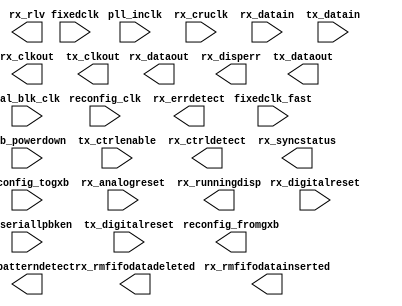
// megafunction wizard: %ALTGX%VBB%
// GENERATION: STANDARD
// VERSION: WM1.0
// MODULE: alt4gxb 

// ============================================================
// Megafunction Name(s):
// 			alt4gxb
//
// Simulation Library Files(s):
// 			stratixiv_hssi
// ============================================================
// ************************************************************
// THIS IS A WIZARD-GENERATED FILE. DO NOT EDIT THIS FILE!
//
// 12.0 Build 178 05/31/2012 SJ Full Version
// ************************************************************

//Copyright (C) 1991-2012 Altera Corporation
//Your use of Altera Corporation's design tools, logic functions 
//and other software and tools, and its AMPP partner logic 
//functions, and any output files from any of the foregoing 
//(including device programming or simulation files), and any 
//associated documentation or information are expressly subject 
//to the terms and conditions of the Altera Program License 
//Subscription Agreement, Altera MegaCore Function License 
//Agreement, or other applicable license agreement, including, 
//without limitation, that your use is for the sole purpose of 
//programming logic devices manufactured by Altera and sold by 
//Altera or its authorized distributors.  Please refer to the 
//applicable agreement for further details.

module altera_tse_alt4gxb_gige (
	cal_blk_clk,
	fixedclk,
	fixedclk_fast,
	gxb_powerdown,
	pll_inclk,
	reconfig_clk,
	reconfig_togxb,
	rx_analogreset,
	rx_cruclk,
	rx_datain,
	rx_digitalreset,
	rx_seriallpbken,
	tx_ctrlenable,
	tx_datain,
	tx_digitalreset,
	reconfig_fromgxb,
	rx_clkout,
	rx_ctrldetect,
	rx_dataout,
	rx_disperr,
	rx_errdetect,
	rx_patterndetect,
	rx_rlv,
	rx_rmfifodatadeleted,
	rx_rmfifodatainserted,
	rx_runningdisp,
	rx_syncstatus,
	tx_clkout,
	tx_dataout)/* synthesis synthesis_clearbox = 1 */;

	input	  cal_blk_clk;
	input	  fixedclk;
	input	[5:0]  fixedclk_fast;
	input	[0:0]  gxb_powerdown;
	input	  pll_inclk;
	input	  reconfig_clk;
	input	[3:0]  reconfig_togxb;
	input	[0:0]  rx_analogreset;
	input	[0:0]  rx_cruclk;
	input	[0:0]  rx_datain;
	input	[0:0]  rx_digitalreset;
	input	[0:0]  rx_seriallpbken;
	input	[0:0]  tx_ctrlenable;
	input	[7:0]  tx_datain;
	input	[0:0]  tx_digitalreset;
	output	[16:0]  reconfig_fromgxb;
	output	  rx_clkout;
	output	[0:0]  rx_ctrldetect;
	output	[7:0]  rx_dataout;
	output	[0:0]  rx_disperr;
	output	[0:0]  rx_errdetect;
	output	[0:0]  rx_patterndetect;
	output	[0:0]  rx_rlv;
	output	[0:0]  rx_rmfifodatadeleted;
	output	[0:0]  rx_rmfifodatainserted;
	output	[0:0]  rx_runningdisp;
	output	[0:0]  rx_syncstatus;
	output	[0:0]  tx_clkout;
	output	[0:0]  tx_dataout;
`ifndef ALTERA_RESERVED_QIS
// synopsys translate_off
`endif
	tri0	[0:0]  rx_cruclk;
`ifndef ALTERA_RESERVED_QIS
// synopsys translate_on
`endif

	parameter		starting_channel_number = 0;


endmodule

// ============================================================
// CNX file retrieval info
// ============================================================
// Retrieval info: PRIVATE: INTENDED_DEVICE_FAMILY STRING "Stratix IV"
// Retrieval info: PRIVATE: IP_MODE STRING "TSE"
// Retrieval info: PRIVATE: LOCKDOWN_EXCL STRING "TSE"
// Retrieval info: PRIVATE: NUM_KEYS NUMERIC "0"
// Retrieval info: PRIVATE: RECONFIG_PROTOCOL STRING "BASIC"
// Retrieval info: PRIVATE: RECONFIG_SUBPROTOCOL STRING "none"
// Retrieval info: PRIVATE: RX_ENABLE_DC_COUPLING STRING "false"
// Retrieval info: PRIVATE: SYNTH_WRAPPER_GEN_POSTFIX STRING "0"
// Retrieval info: PRIVATE: WIZ_BASE_DATA_RATE STRING "1250.0"
// Retrieval info: PRIVATE: WIZ_BASE_DATA_RATE_ENABLE STRING "0"
// Retrieval info: PRIVATE: WIZ_DATA_RATE STRING "1250.0"
// Retrieval info: PRIVATE: WIZ_DPRIO_INCLK_FREQ_ARRAY STRING "100 100 100 100 100 100 100 100 100 100 100 100 100 100 100 100 100 100 100 100"
// Retrieval info: PRIVATE: WIZ_DPRIO_INPUT_A STRING "2000"
// Retrieval info: PRIVATE: WIZ_DPRIO_INPUT_A_UNIT STRING "Mbps"
// Retrieval info: PRIVATE: WIZ_DPRIO_INPUT_B STRING "100"
// Retrieval info: PRIVATE: WIZ_DPRIO_INPUT_B_UNIT STRING "MHz"
// Retrieval info: PRIVATE: WIZ_DPRIO_INPUT_SELECTION NUMERIC "0"
// Retrieval info: PRIVATE: WIZ_DPRIO_REF_CLK0_FREQ STRING "125"
// Retrieval info: PRIVATE: WIZ_DPRIO_REF_CLK0_PROTOCOL STRING "GIGE"
// Retrieval info: PRIVATE: WIZ_DPRIO_REF_CLK1_FREQ STRING "250"
// Retrieval info: PRIVATE: WIZ_DPRIO_REF_CLK1_PROTOCOL STRING "Basic"
// Retrieval info: PRIVATE: WIZ_DPRIO_REF_CLK2_FREQ STRING "250"
// Retrieval info: PRIVATE: WIZ_DPRIO_REF_CLK2_PROTOCOL STRING "Basic"
// Retrieval info: PRIVATE: WIZ_DPRIO_REF_CLK3_FREQ STRING "250"
// Retrieval info: PRIVATE: WIZ_DPRIO_REF_CLK3_PROTOCOL STRING "Basic"
// Retrieval info: PRIVATE: WIZ_DPRIO_REF_CLK4_FREQ STRING "250"
// Retrieval info: PRIVATE: WIZ_DPRIO_REF_CLK4_PROTOCOL STRING "Basic"
// Retrieval info: PRIVATE: WIZ_DPRIO_REF_CLK5_FREQ STRING "250"
// Retrieval info: PRIVATE: WIZ_DPRIO_REF_CLK5_PROTOCOL STRING "Basic"
// Retrieval info: PRIVATE: WIZ_DPRIO_REF_CLK6_FREQ STRING "250"
// Retrieval info: PRIVATE: WIZ_DPRIO_REF_CLK6_PROTOCOL STRING "Basic"
// Retrieval info: PRIVATE: WIZ_ENABLE_EQUALIZER_CTRL NUMERIC "0"
// Retrieval info: PRIVATE: WIZ_EQUALIZER_CTRL_SETTING NUMERIC "0"
// Retrieval info: PRIVATE: WIZ_FORCE_DEFAULT_SETTINGS NUMERIC "0"
// Retrieval info: PRIVATE: WIZ_INCLK_FREQ STRING "125.0"
// Retrieval info: PRIVATE: WIZ_INCLK_FREQ_ARRAY STRING "62.5 125.0"
// Retrieval info: PRIVATE: WIZ_INPUT_A STRING "1250.0"
// Retrieval info: PRIVATE: WIZ_INPUT_A_UNIT STRING "Mbps"
// Retrieval info: PRIVATE: WIZ_INPUT_B STRING "125.0"
// Retrieval info: PRIVATE: WIZ_INPUT_B_UNIT STRING "MHz"
// Retrieval info: PRIVATE: WIZ_INPUT_SELECTION NUMERIC "0"
// Retrieval info: PRIVATE: WIZ_PROTOCOL STRING "GIGE"
// Retrieval info: PRIVATE: WIZ_SUBPROTOCOL STRING "None"
// Retrieval info: PRIVATE: WIZ_WORD_ALIGN_FLIP_PATTERN STRING "0"
// Retrieval info: PARAMETER: STARTING_CHANNEL_NUMBER NUMERIC "0"
// Retrieval info: CONSTANT: EFFECTIVE_DATA_RATE STRING "1250.0 Mbps"
// Retrieval info: CONSTANT: ENABLE_LC_TX_PLL STRING "false"
// Retrieval info: CONSTANT: EQUALIZER_CTRL_A_SETTING NUMERIC "0"
// Retrieval info: CONSTANT: EQUALIZER_CTRL_B_SETTING NUMERIC "0"
// Retrieval info: CONSTANT: EQUALIZER_CTRL_C_SETTING NUMERIC "0"
// Retrieval info: CONSTANT: EQUALIZER_CTRL_D_SETTING NUMERIC "0"
// Retrieval info: CONSTANT: EQUALIZER_CTRL_V_SETTING NUMERIC "0"
// Retrieval info: CONSTANT: EQUALIZER_DCGAIN_SETTING NUMERIC "0"
// Retrieval info: CONSTANT: GEN_RECONFIG_PLL STRING "false"
// Retrieval info: CONSTANT: GXB_ANALOG_POWER STRING "AUTO"
// Retrieval info: CONSTANT: GX_CHANNEL_TYPE STRING "AUTO"
// Retrieval info: CONSTANT: INPUT_CLOCK_FREQUENCY STRING "125.0 MHz"
// Retrieval info: CONSTANT: INTENDED_DEVICE_FAMILY STRING "Stratix IV"
// Retrieval info: CONSTANT: INTENDED_DEVICE_SPEED_GRADE STRING "2"
// Retrieval info: CONSTANT: INTENDED_DEVICE_VARIANT STRING "GX"
// Retrieval info: CONSTANT: LOOPBACK_MODE STRING "slb"
// Retrieval info: CONSTANT: LPM_TYPE STRING "alt4gxb"
// Retrieval info: CONSTANT: NUMBER_OF_CHANNELS NUMERIC "1"
// Retrieval info: CONSTANT: OPERATION_MODE STRING "duplex"
// Retrieval info: CONSTANT: PLL_CONTROL_WIDTH NUMERIC "1"
// Retrieval info: CONSTANT: PLL_PFD_FB_MODE STRING "internal"
// Retrieval info: CONSTANT: PREEMPHASIS_CTRL_1STPOSTTAP_SETTING NUMERIC "0"
// Retrieval info: CONSTANT: PREEMPHASIS_CTRL_2NDPOSTTAP_INV_SETTING STRING "false"
// Retrieval info: CONSTANT: PREEMPHASIS_CTRL_2NDPOSTTAP_SETTING NUMERIC "0"
// Retrieval info: CONSTANT: PREEMPHASIS_CTRL_PRETAP_INV_SETTING STRING "false"
// Retrieval info: CONSTANT: PREEMPHASIS_CTRL_PRETAP_SETTING NUMERIC "0"
// Retrieval info: CONSTANT: PROTOCOL STRING "gige"
// Retrieval info: CONSTANT: RECEIVER_TERMINATION STRING "oct_100_ohms"
// Retrieval info: CONSTANT: RECONFIG_DPRIO_MODE NUMERIC "1"
// Retrieval info: CONSTANT: RX_8B_10B_MODE STRING "normal"
// Retrieval info: CONSTANT: RX_ALIGN_PATTERN STRING "0101111100"
// Retrieval info: CONSTANT: RX_ALIGN_PATTERN_LENGTH NUMERIC "10"
// Retrieval info: CONSTANT: RX_ALLOW_ALIGN_POLARITY_INVERSION STRING "false"
// Retrieval info: CONSTANT: RX_ALLOW_PIPE_POLARITY_INVERSION STRING "false"
// Retrieval info: CONSTANT: RX_BITSLIP_ENABLE STRING "false"
// Retrieval info: CONSTANT: RX_BYTE_ORDERING_MODE STRING "NONE"
// Retrieval info: CONSTANT: RX_CHANNEL_WIDTH NUMERIC "8"
// Retrieval info: CONSTANT: RX_COMMON_MODE STRING "0.82v"
// Retrieval info: CONSTANT: RX_CRU_BANDWIDTH_TYPE STRING "Medium"
// Retrieval info: CONSTANT: RX_CRU_INCLOCK0_PERIOD NUMERIC "8000"
// Retrieval info: CONSTANT: RX_DATAPATH_PROTOCOL STRING "basic"
// Retrieval info: CONSTANT: RX_DATA_RATE NUMERIC "1250"
// Retrieval info: CONSTANT: RX_DATA_RATE_REMAINDER NUMERIC "0"
// Retrieval info: CONSTANT: RX_DIGITALRESET_PORT_WIDTH NUMERIC "1"
// Retrieval info: CONSTANT: RX_ENABLE_BIT_REVERSAL STRING "false"
// Retrieval info: CONSTANT: RX_ENABLE_LOCK_TO_DATA_SIG STRING "false"
// Retrieval info: CONSTANT: RX_ENABLE_LOCK_TO_REFCLK_SIG STRING "false"
// Retrieval info: CONSTANT: RX_ENABLE_SELF_TEST_MODE STRING "false"
// Retrieval info: CONSTANT: RX_FORCE_SIGNAL_DETECT STRING "true"
// Retrieval info: CONSTANT: RX_PPMSELECT NUMERIC "32"
// Retrieval info: CONSTANT: RX_RATE_MATCH_FIFO_MODE STRING "normal"
// Retrieval info: CONSTANT: RX_RATE_MATCH_FIFO_MODE_MANUAL_CONTROL STRING "normal"
// Retrieval info: CONSTANT: RX_RATE_MATCH_PATTERN1 STRING "10100010010101111100"
// Retrieval info: CONSTANT: RX_RATE_MATCH_PATTERN2 STRING "10101011011010000011"
// Retrieval info: CONSTANT: RX_RATE_MATCH_PATTERN_SIZE NUMERIC "20"
// Retrieval info: CONSTANT: RX_RUN_LENGTH NUMERIC "5"
// Retrieval info: CONSTANT: RX_RUN_LENGTH_ENABLE STRING "true"
// Retrieval info: CONSTANT: RX_SIGNAL_DETECT_THRESHOLD NUMERIC "2"
// Retrieval info: CONSTANT: RX_USE_ALIGN_STATE_MACHINE STRING "true"
// Retrieval info: CONSTANT: RX_USE_CLKOUT STRING "true"
// Retrieval info: CONSTANT: RX_USE_CORECLK STRING "false"
// Retrieval info: CONSTANT: RX_USE_CRUCLK STRING "true"
// Retrieval info: CONSTANT: RX_USE_DESERIALIZER_DOUBLE_DATA_MODE STRING "false"
// Retrieval info: CONSTANT: RX_USE_DESKEW_FIFO STRING "false"
// Retrieval info: CONSTANT: RX_USE_DOUBLE_DATA_MODE STRING "false"
// Retrieval info: CONSTANT: RX_USE_RATE_MATCH_PATTERN1_ONLY STRING "false"
// Retrieval info: CONSTANT: TRANSMITTER_TERMINATION STRING "oct_100_ohms"
// Retrieval info: CONSTANT: TX_8B_10B_MODE STRING "normal"
// Retrieval info: CONSTANT: TX_ALLOW_POLARITY_INVERSION STRING "false"
// Retrieval info: CONSTANT: TX_ANALOG_POWER STRING "AUTO"
// Retrieval info: CONSTANT: TX_CHANNEL_WIDTH NUMERIC "8"
// Retrieval info: CONSTANT: TX_CLKOUT_WIDTH NUMERIC "1"
// Retrieval info: CONSTANT: TX_COMMON_MODE STRING "0.65v"
// Retrieval info: CONSTANT: TX_DATA_RATE NUMERIC "1250"
// Retrieval info: CONSTANT: TX_DATA_RATE_REMAINDER NUMERIC "0"
// Retrieval info: CONSTANT: TX_DIGITALRESET_PORT_WIDTH NUMERIC "1"
// Retrieval info: CONSTANT: TX_ENABLE_BIT_REVERSAL STRING "false"
// Retrieval info: CONSTANT: TX_ENABLE_SELF_TEST_MODE STRING "false"
// Retrieval info: CONSTANT: TX_PLL_BANDWIDTH_TYPE STRING "High"
// Retrieval info: CONSTANT: TX_PLL_INCLK0_PERIOD NUMERIC "8000"
// Retrieval info: CONSTANT: TX_PLL_TYPE STRING "CMU"
// Retrieval info: CONSTANT: TX_SLEW_RATE STRING "medium"
// Retrieval info: CONSTANT: TX_TRANSMIT_PROTOCOL STRING "basic"
// Retrieval info: CONSTANT: TX_USE_CORECLK STRING "false"
// Retrieval info: CONSTANT: TX_USE_DOUBLE_DATA_MODE STRING "false"
// Retrieval info: CONSTANT: TX_USE_SERIALIZER_DOUBLE_DATA_MODE STRING "false"
// Retrieval info: CONSTANT: USE_CALIBRATION_BLOCK STRING "true"
// Retrieval info: CONSTANT: VOD_CTRL_SETTING NUMERIC "1"
// Retrieval info: CONSTANT: gxb_powerdown_width NUMERIC "1"
// Retrieval info: CONSTANT: number_of_quads NUMERIC "1"
// Retrieval info: CONSTANT: reconfig_calibration STRING "true"
// Retrieval info: CONSTANT: reconfig_fromgxb_port_width NUMERIC "17"
// Retrieval info: CONSTANT: reconfig_togxb_port_width NUMERIC "4"
// Retrieval info: CONSTANT: rx_cru_m_divider NUMERIC "5"
// Retrieval info: CONSTANT: rx_cru_n_divider NUMERIC "1"
// Retrieval info: CONSTANT: rx_cru_vco_post_scale_divider NUMERIC "4"
// Retrieval info: CONSTANT: rx_dwidth_factor NUMERIC "1"
// Retrieval info: CONSTANT: rx_signal_detect_loss_threshold STRING "1"
// Retrieval info: CONSTANT: rx_signal_detect_valid_threshold STRING "1"
// Retrieval info: CONSTANT: rx_use_external_termination STRING "false"
// Retrieval info: CONSTANT: rx_word_aligner_num_byte NUMERIC "1"
// Retrieval info: CONSTANT: tx_dwidth_factor NUMERIC "1"
// Retrieval info: CONSTANT: tx_pll_clock_post_divider NUMERIC "1"
// Retrieval info: CONSTANT: tx_pll_m_divider NUMERIC "5"
// Retrieval info: CONSTANT: tx_pll_n_divider NUMERIC "1"
// Retrieval info: CONSTANT: tx_pll_vco_post_scale_divider NUMERIC "4"
// Retrieval info: CONSTANT: tx_use_external_termination STRING "false"
// Retrieval info: USED_PORT: cal_blk_clk 0 0 0 0 INPUT NODEFVAL "cal_blk_clk"
// Retrieval info: USED_PORT: fixedclk 0 0 0 0 INPUT NODEFVAL "fixedclk"
// Retrieval info: USED_PORT: fixedclk_fast 0 0 6 0 INPUT NODEFVAL "fixedclk_fast[5..0]"
// Retrieval info: USED_PORT: gxb_powerdown 0 0 1 0 INPUT NODEFVAL "gxb_powerdown[0..0]"
// Retrieval info: USED_PORT: pll_inclk 0 0 0 0 INPUT NODEFVAL "pll_inclk"
// Retrieval info: USED_PORT: reconfig_clk 0 0 0 0 INPUT NODEFVAL "reconfig_clk"
// Retrieval info: USED_PORT: reconfig_fromgxb 0 0 17 0 OUTPUT NODEFVAL "reconfig_fromgxb[16..0]"
// Retrieval info: USED_PORT: reconfig_togxb 0 0 4 0 INPUT NODEFVAL "reconfig_togxb[3..0]"
// Retrieval info: USED_PORT: rx_analogreset 0 0 1 0 INPUT NODEFVAL "rx_analogreset[0..0]"
// Retrieval info: USED_PORT: rx_clkout 0 0 0 0 OUTPUT NODEFVAL "rx_clkout"
// Retrieval info: USED_PORT: rx_cruclk 0 0 1 0 INPUT GND "rx_cruclk[0..0]"
// Retrieval info: USED_PORT: rx_ctrldetect 0 0 1 0 OUTPUT NODEFVAL "rx_ctrldetect[0..0]"
// Retrieval info: USED_PORT: rx_datain 0 0 1 0 INPUT NODEFVAL "rx_datain[0..0]"
// Retrieval info: USED_PORT: rx_dataout 0 0 8 0 OUTPUT NODEFVAL "rx_dataout[7..0]"
// Retrieval info: USED_PORT: rx_digitalreset 0 0 1 0 INPUT NODEFVAL "rx_digitalreset[0..0]"
// Retrieval info: USED_PORT: rx_disperr 0 0 1 0 OUTPUT NODEFVAL "rx_disperr[0..0]"
// Retrieval info: USED_PORT: rx_errdetect 0 0 1 0 OUTPUT NODEFVAL "rx_errdetect[0..0]"
// Retrieval info: USED_PORT: rx_patterndetect 0 0 1 0 OUTPUT NODEFVAL "rx_patterndetect[0..0]"
// Retrieval info: USED_PORT: rx_rlv 0 0 1 0 OUTPUT NODEFVAL "rx_rlv[0..0]"
// Retrieval info: USED_PORT: rx_rmfifodatadeleted 0 0 1 0 OUTPUT NODEFVAL "rx_rmfifodatadeleted[0..0]"
// Retrieval info: USED_PORT: rx_rmfifodatainserted 0 0 1 0 OUTPUT NODEFVAL "rx_rmfifodatainserted[0..0]"
// Retrieval info: USED_PORT: rx_runningdisp 0 0 1 0 OUTPUT NODEFVAL "rx_runningdisp[0..0]"
// Retrieval info: USED_PORT: rx_seriallpbken 0 0 1 0 INPUT NODEFVAL "rx_seriallpbken[0..0]"
// Retrieval info: USED_PORT: rx_syncstatus 0 0 1 0 OUTPUT NODEFVAL "rx_syncstatus[0..0]"
// Retrieval info: USED_PORT: tx_clkout 0 0 1 0 OUTPUT NODEFVAL "tx_clkout[0..0]"
// Retrieval info: USED_PORT: tx_ctrlenable 0 0 1 0 INPUT NODEFVAL "tx_ctrlenable[0..0]"
// Retrieval info: USED_PORT: tx_datain 0 0 8 0 INPUT NODEFVAL "tx_datain[7..0]"
// Retrieval info: USED_PORT: tx_dataout 0 0 1 0 OUTPUT NODEFVAL "tx_dataout[0..0]"
// Retrieval info: USED_PORT: tx_digitalreset 0 0 1 0 INPUT NODEFVAL "tx_digitalreset[0..0]"
// Retrieval info: CONNECT: @cal_blk_clk 0 0 0 0 cal_blk_clk 0 0 0 0
// Retrieval info: CONNECT: @fixedclk 0 0 0 0 fixedclk 0 0 0 0
// Retrieval info: CONNECT: @fixedclk_fast 0 0 6 0 fixedclk_fast 0 0 6 0
// Retrieval info: CONNECT: @gxb_powerdown 0 0 1 0 gxb_powerdown 0 0 1 0
// Retrieval info: CONNECT: @pll_inclk 0 0 0 0 pll_inclk 0 0 0 0
// Retrieval info: CONNECT: @reconfig_clk 0 0 0 0 reconfig_clk 0 0 0 0
// Retrieval info: CONNECT: @reconfig_togxb 0 0 4 0 reconfig_togxb 0 0 4 0
// Retrieval info: CONNECT: @rx_analogreset 0 0 1 0 rx_analogreset 0 0 1 0
// Retrieval info: CONNECT: @rx_cruclk 0 0 1 0 rx_cruclk 0 0 1 0
// Retrieval info: CONNECT: @rx_datain 0 0 1 0 rx_datain 0 0 1 0
// Retrieval info: CONNECT: @rx_digitalreset 0 0 1 0 rx_digitalreset 0 0 1 0
// Retrieval info: CONNECT: @rx_seriallpbken 0 0 1 0 rx_seriallpbken 0 0 1 0
// Retrieval info: CONNECT: @tx_ctrlenable 0 0 1 0 tx_ctrlenable 0 0 1 0
// Retrieval info: CONNECT: @tx_datain 0 0 8 0 tx_datain 0 0 8 0
// Retrieval info: CONNECT: @tx_digitalreset 0 0 1 0 tx_digitalreset 0 0 1 0
// Retrieval info: CONNECT: reconfig_fromgxb 0 0 17 0 @reconfig_fromgxb 0 0 17 0
// Retrieval info: CONNECT: rx_clkout 0 0 0 0 @rx_clkout 0 0 0 0
// Retrieval info: CONNECT: rx_ctrldetect 0 0 1 0 @rx_ctrldetect 0 0 1 0
// Retrieval info: CONNECT: rx_dataout 0 0 8 0 @rx_dataout 0 0 8 0
// Retrieval info: CONNECT: rx_disperr 0 0 1 0 @rx_disperr 0 0 1 0
// Retrieval info: CONNECT: rx_errdetect 0 0 1 0 @rx_errdetect 0 0 1 0
// Retrieval info: CONNECT: rx_patterndetect 0 0 1 0 @rx_patterndetect 0 0 1 0
// Retrieval info: CONNECT: rx_rlv 0 0 1 0 @rx_rlv 0 0 1 0
// Retrieval info: CONNECT: rx_rmfifodatadeleted 0 0 1 0 @rx_rmfifodatadeleted 0 0 1 0
// Retrieval info: CONNECT: rx_rmfifodatainserted 0 0 1 0 @rx_rmfifodatainserted 0 0 1 0
// Retrieval info: CONNECT: rx_runningdisp 0 0 1 0 @rx_runningdisp 0 0 1 0
// Retrieval info: CONNECT: rx_syncstatus 0 0 1 0 @rx_syncstatus 0 0 1 0
// Retrieval info: CONNECT: tx_clkout 0 0 1 0 @tx_clkout 0 0 1 0
// Retrieval info: CONNECT: tx_dataout 0 0 1 0 @tx_dataout 0 0 1 0
// Retrieval info: GEN_FILE: TYPE_NORMAL altera_tse_alt4gxb_gige.v TRUE
// Retrieval info: GEN_FILE: TYPE_NORMAL altera_tse_alt4gxb_gige.ppf TRUE
// Retrieval info: GEN_FILE: TYPE_NORMAL altera_tse_alt4gxb_gige.inc FALSE
// Retrieval info: GEN_FILE: TYPE_NORMAL altera_tse_alt4gxb_gige.cmp FALSE
// Retrieval info: GEN_FILE: TYPE_NORMAL altera_tse_alt4gxb_gige.bsf FALSE
// Retrieval info: GEN_FILE: TYPE_NORMAL altera_tse_alt4gxb_gige_inst.v FALSE
// Retrieval info: GEN_FILE: TYPE_NORMAL altera_tse_alt4gxb_gige_bb.v TRUE
// Retrieval info: LIB_FILE: stratixiv_hssi